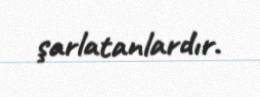
şarlatanlardır.